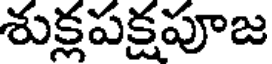
శుక్లపక్షపూజ